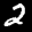
Label: 2